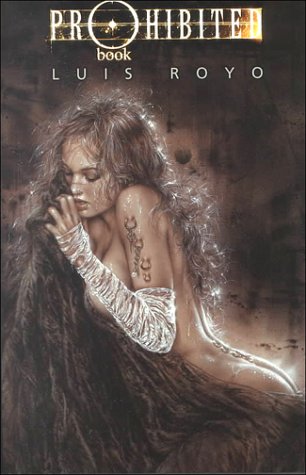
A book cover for Prohibited Book; Comics & Graphic Novels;